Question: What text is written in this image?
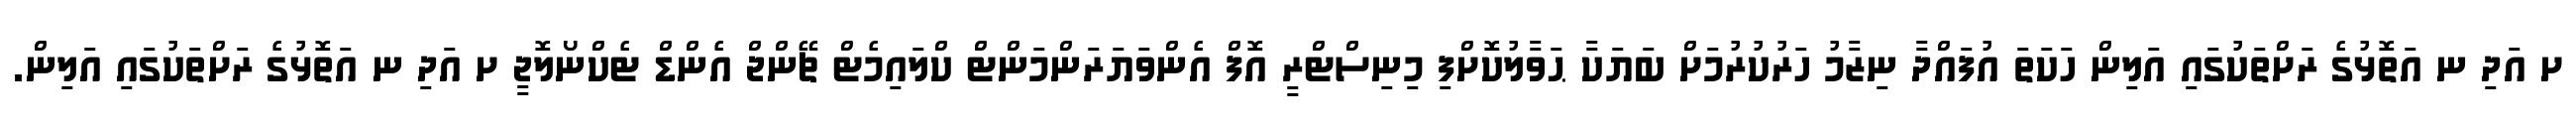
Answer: ށ އަދި ނ އަތޮޅުގެ ރަށްތަކުގައި އަލިން ހަކަތަ އުފައްދާ ނިޒާމު ހަރުކުރުމަށް ބަޔަކާ ޙަވާލުކޮށްފި މިނިސްޓްރީ އޮފް އެންވަޔަރަންމަންޓް ކްލައިމެޓް ޗޭންޖް އެންޑް ޓެކްނޯލޮޖީ ށ އަދި ނ އަތޮޅުގެ ރަށްތަކުގައި އަލިން.